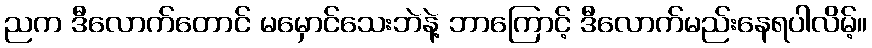
ညက ဒီလောက်တောင် မမှောင်သေးဘဲနဲ့ ဘာကြောင့် ဒီလောက်မည်းနေရပါလိမ့်။